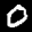
Label: 0